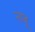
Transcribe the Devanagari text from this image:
नाबू